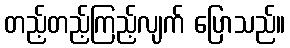
တည့်တည့်ကြည့်လျက် ပြောသည်။